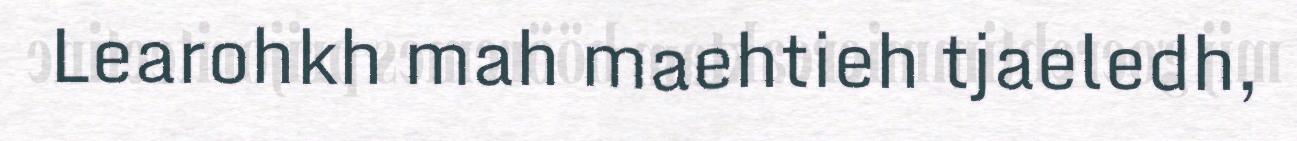
Learohkh mah maehtieh tjaeledh,